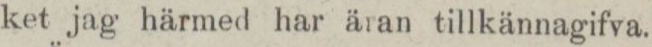
ket jag härmed har äran tillkännagifva.